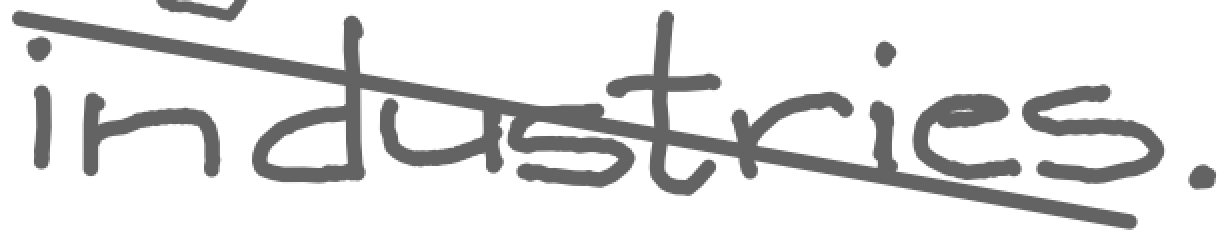
Text: industries.
Cross-out: diagonal
Writing tool: digital_gray